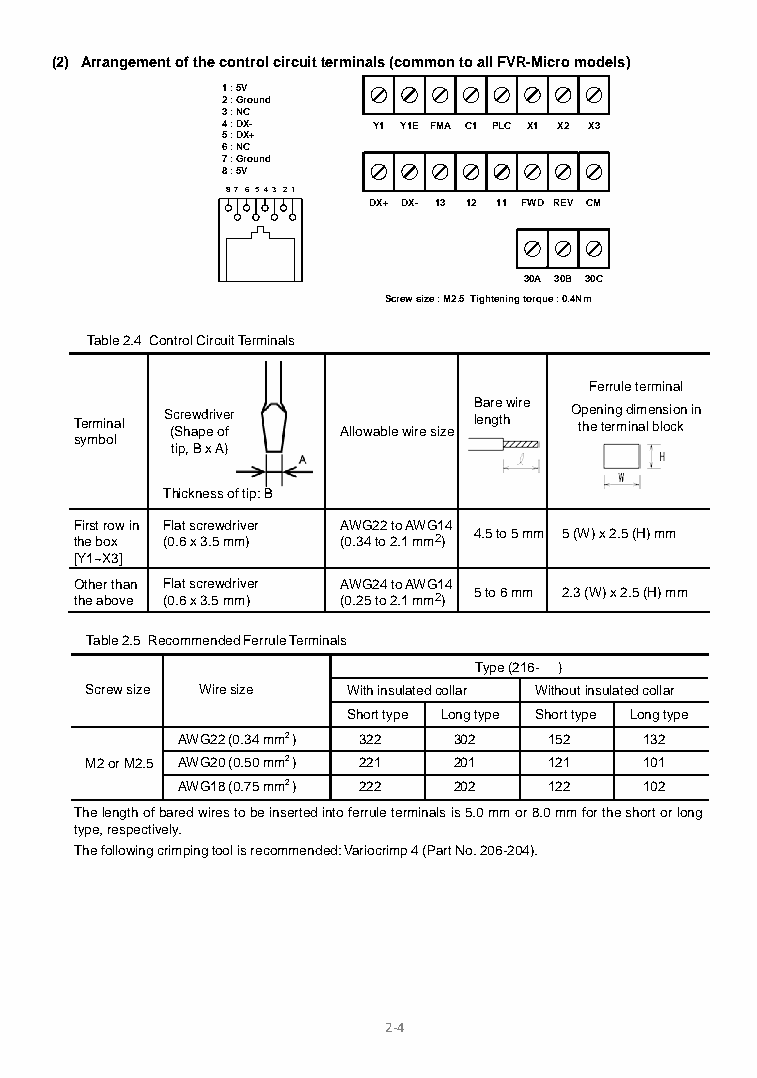
(2) Arrangement of the control circuit terminals (common to all FVR-Micro models)
 1 : 5V
 2 : Ground
 3 : NC
 4 : DX-   Y1 Y1E FMA C1 PLC X1 X2 X3
 5 : DX+
 6 : NC
 7 : Ground
 8 : 5V
 8 7 6 5 4 3 2 1
 DX+ DX- 13 12 11 FWD REV CM
 30A 30B 30C
 Screw size : M2.5 Tightening torque : 0.4Nm
 Table 2.4 Control Circuit Terminals
 Ferrule terminal
 Terminal S (c Sr he aw pd eri v oe f r Allowable wire size
 B lea nr ge
 t
 hw ire
 O tp he en ti en rg m d inim ale bn losi co kn in
 symbol
 tip, B x A)
 Thickness of tip: B
 First row in Flat screwdriver AWG22 to AWG14
 the box (0.6 x 3.5 mm) (0.34 to 2.1 mm2) 4.5 to 5 mm 5 (W) x 2.5 (H) mm
 [Y1~X3]
 Other than Flat screwdriver AWG24 to AWG14
 the above (0.6 x 3.5 mm) (0.25 to 2.1 mm2) 5 to 6 mm 2.3 (W) x 2.5 (H) mm
 Table 2.5 Recommended Ferrule Terminals
 Type (216- )
 Screw size Wire size With insulated collar Without insulated collar
 Short type Long type Short type Long type
 AWG22 (0.34 mm2 ) 322 302 152  132
 M2 or M2.5 AWG20 (0.50 mm2 ) 221 201 121 101
 AWG18 (0.75 mm2 ) 222 202 122  102
 The length of bared wires to be inserted into ferrule terminals is 5.0 mm or 8.0 mm for the short or long
 type, respectively.
 The following crimping tool is recommended: Variocrimp 4 (Part No. 206-204).
 2-4